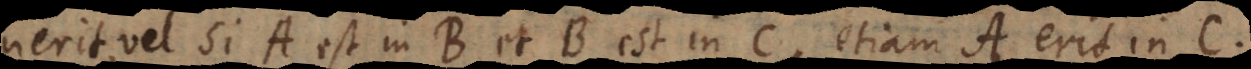
nerit, vel si A est in B et B est in C, etiam A erit in C.